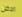
ادخن